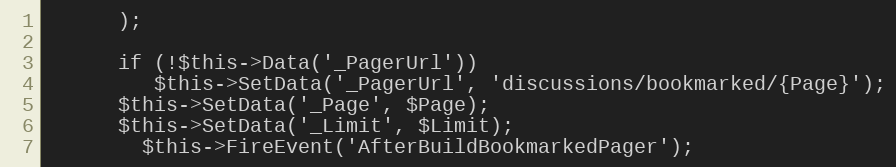
Language: PHP
      );

      if (!$this->Data('_PagerUrl'))
         $this->SetData('_PagerUrl', 'discussions/bookmarked/{Page}');
      $this->SetData('_Page', $Page);
      $this->SetData('_Limit', $Limit);
		$this->FireEvent('AfterBuildBookmarkedPager');